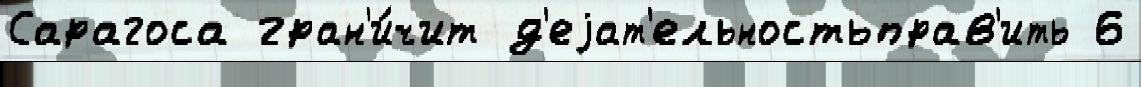
Сарагоса гран'и́чит д'еjат'ельностьправ'ить 6